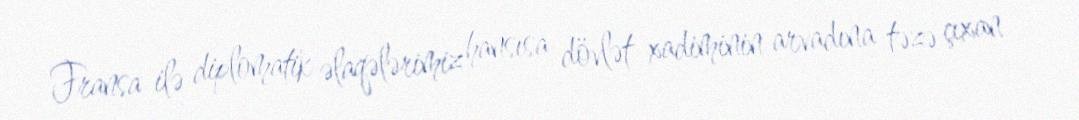
Fransa ilə diplomatik əlaqələrimiz hansısa dövlət xadiminin arvadına təzə çıxan